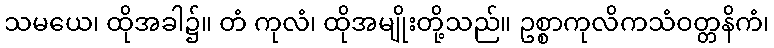
သမယေ၊ ထိုအခါ၌။ တံ ကုလံ၊ ထိုအမျိုးတို့သည်။ ဥစ္စာကုလိကသံဝတ္တနိကံ၊